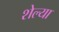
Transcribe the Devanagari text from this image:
शेल्या